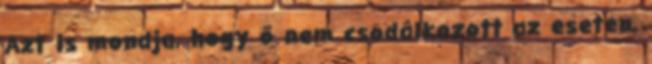
Azt is mondja, hogy ő nem csodálkozott az eseten,